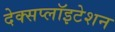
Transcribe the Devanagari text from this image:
देक्सप्लॉइटेशन